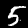
Digit: 5